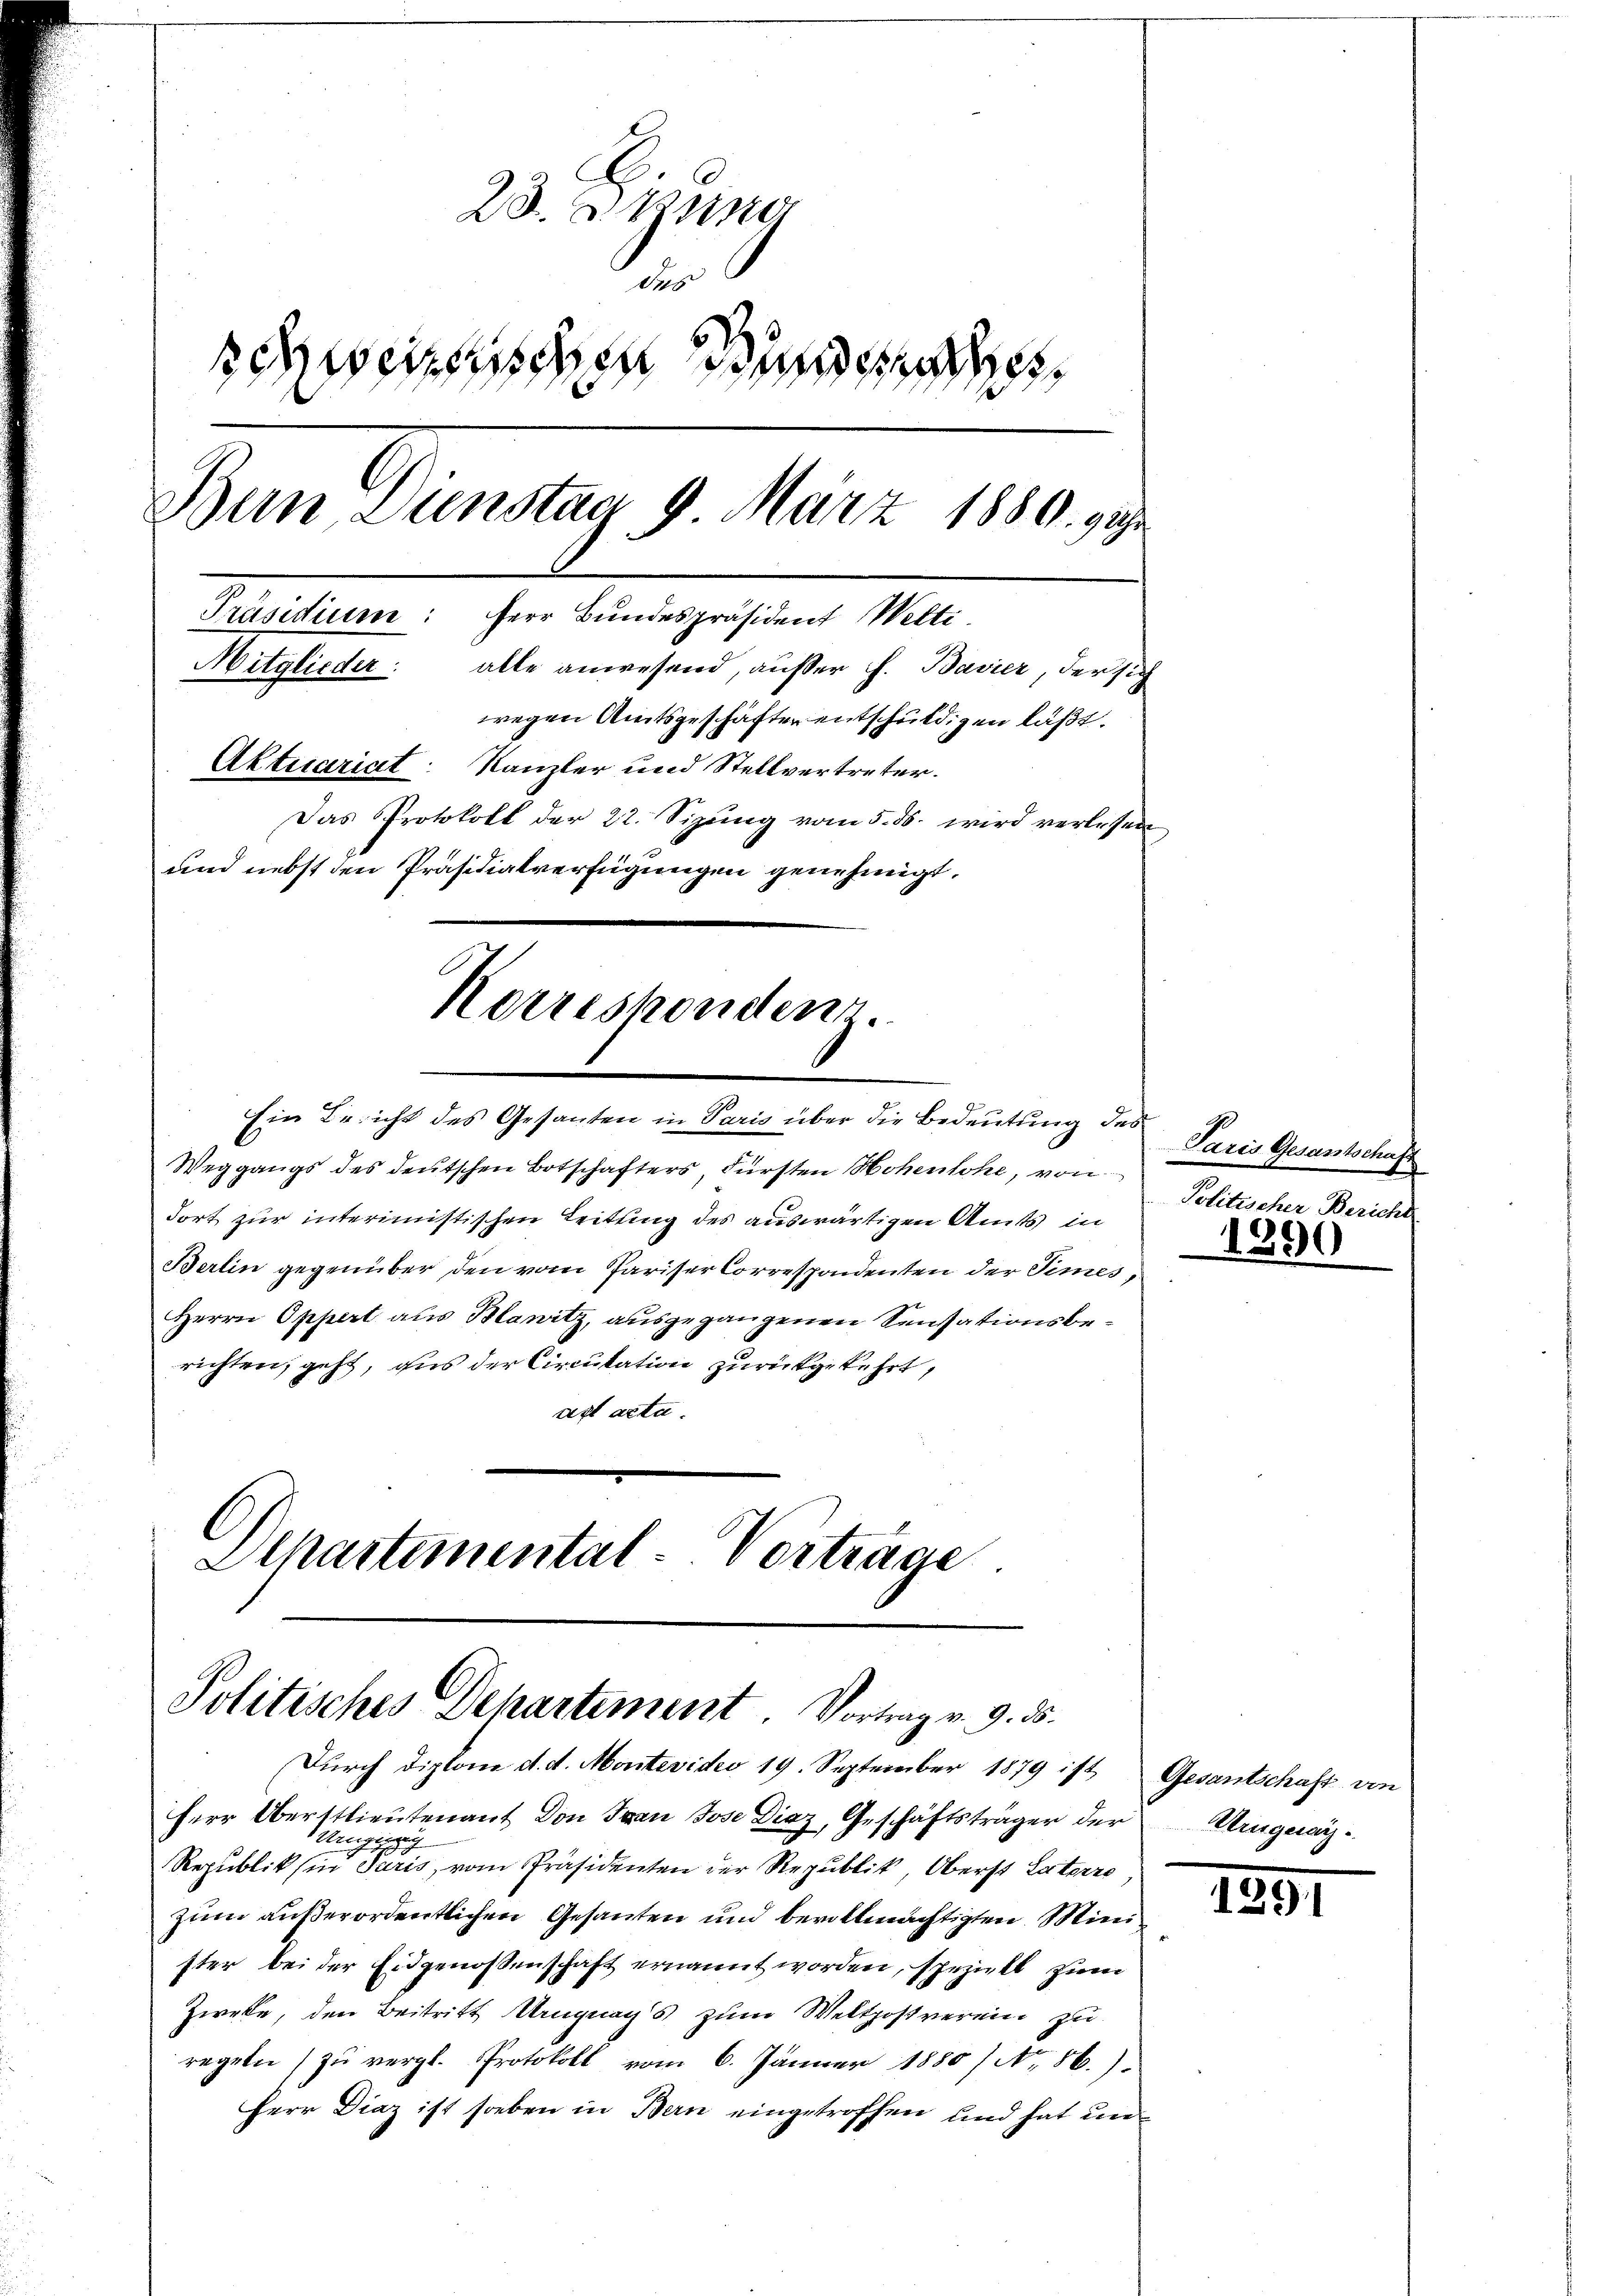
28. d. Zune
dus
swerten Bunde
Ban Dienstag 9 März 1889. 1792
Präsidium: Herr Bundespräsident Welti
Mitglieder: alle anwesend, außer h. Bavier, der sich
wegen Amtsgeschäfter entschuldigen läßt.
Aktuariat Kanzler und Stellvertreter.
Das Protokoll der 22. Sizung vom 5. ds. wird verlesen
und nebst den Präsidialverfügungen genehmigt.

Korreskonden.

Ein Bericht des Gesanten in Paris über die Bedeutung des
Weggangs des deutschen Botschafters Fürsten Hohenlohe, von
dort zur interimistischen Leitung des auswärtigen Amts in
Berlin gegenüber den vom Pariser Correspondenten der Times,
Herrn Oppert aus Blanitz, ausgegangenen Sensationsberichten, geht, aus der Circutation zurückgekehrt,
aft acta.
Dlhartemental-Vortrage

Politisches Departement Vortrag v. 9. ds.

Durch diplom d. d. Montevideo 19. September 1879 ist Gesantschaft un
Herr Oberstlieutenant von Ivan Jose Diaz, Geschäftsträger der
Urging
Republik in Paris, vom Präsidenten der Republik, Oberst Laterre
zum außerordentlichen Gesanten und bevollmächtigten Minister bei der Eidgenossenschaft ernannt worden, speziell zum
Zweke, den Beitritt Ungnags zum Weltpostverein zu
regeln zu vergl. Protokoll vom 6. Jänner 1880 / No. 86.)
Herr Diaz ist soeben in Bern eingetroffen und hat un¬

Paris Gesantschaft
Politischer Bericht

1390

Kruguay.

1891